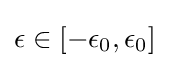
\epsilon \in [-\epsilon _{0},\epsilon _{0}]